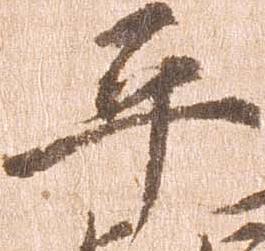
平